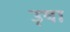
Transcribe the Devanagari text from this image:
उ़षा